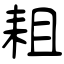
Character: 耝